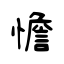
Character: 憺